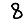
Digit: 8